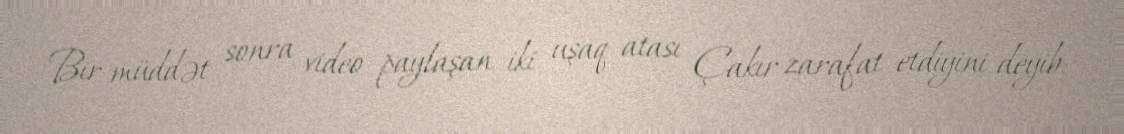
Bir müddət sonra video paylaşan iki uşaq atası Çakır zarafat etdiyini deyib: